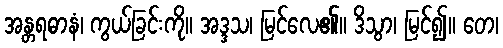
အန္တရဓာနံ၊ ကွယ်ခြင်းကို။ အဒ္ဒသ၊ မြင်လေ၏။ ဒိသွာ၊ မြင်၍။ တေ၊